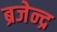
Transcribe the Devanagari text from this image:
ब्रजेन्‍द्र